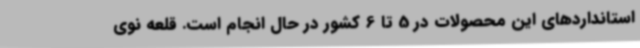
استانداردهای این محصولات در 5 تا 6 کشور در حال انجام است. قلعه نوی